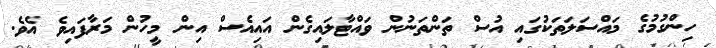
ހިންގުމުގެ މައްސަލަތަކުގައި އުސް ތަންތަނުން ވައްޓާލައިގެން އައިއެސް އިން މީހުން މަރާފައިވެ އެވެ.